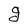
Character: g